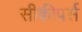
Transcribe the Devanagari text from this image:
सीकीपर्स